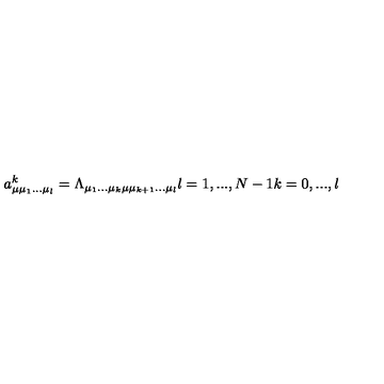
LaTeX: a _ { \mu \mu _ { 1 } . . . \mu _ { l } } ^ { k } = \Lambda _ { \mu _ { 1 } . . . \mu _ { k } \mu \mu _ { k + 1 } . . . \mu _ { l } } l = 1 , . . . , N - 1 k = 0 , . . . , l